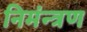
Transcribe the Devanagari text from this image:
निमंन्त्रण